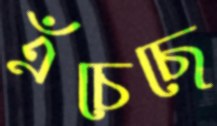
এঁচেছে